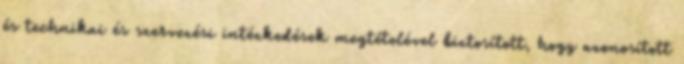
és technikai és szervezési intézkedések megtételével biztosított, hogy azonosított